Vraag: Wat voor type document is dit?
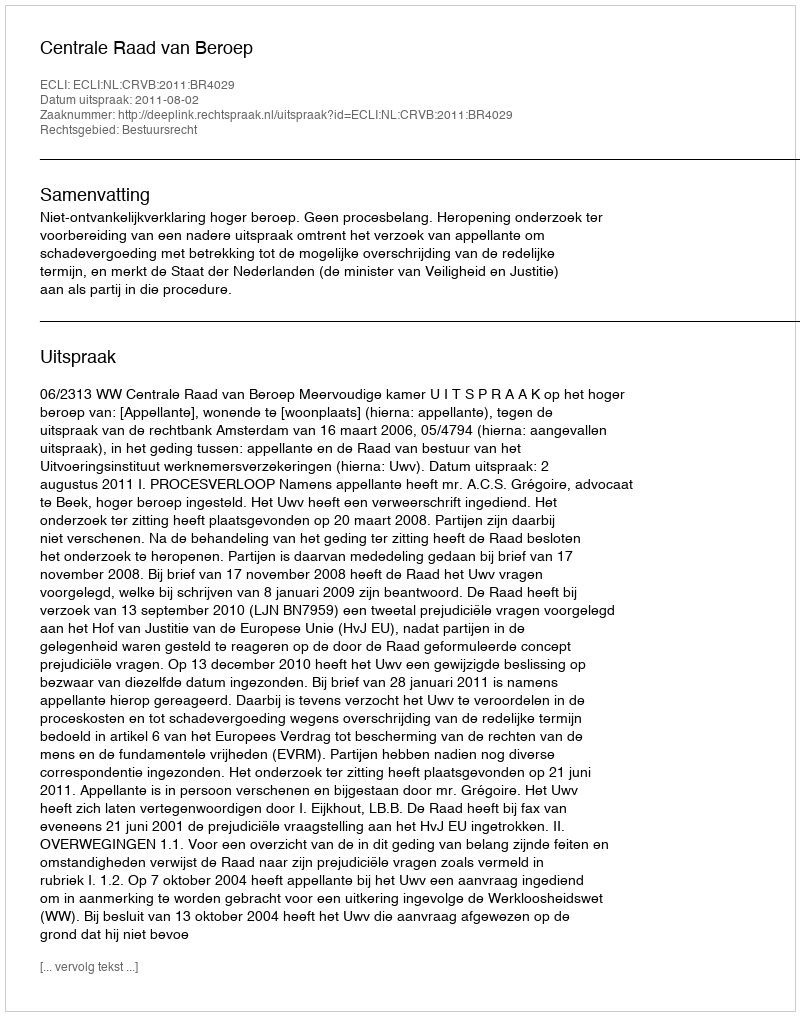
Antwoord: Uitspraak